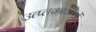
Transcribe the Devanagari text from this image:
उत्प्लवनकोष्ठों